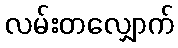
လမ်းတလျှောက်